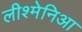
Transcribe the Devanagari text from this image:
लीश्मेनिआ